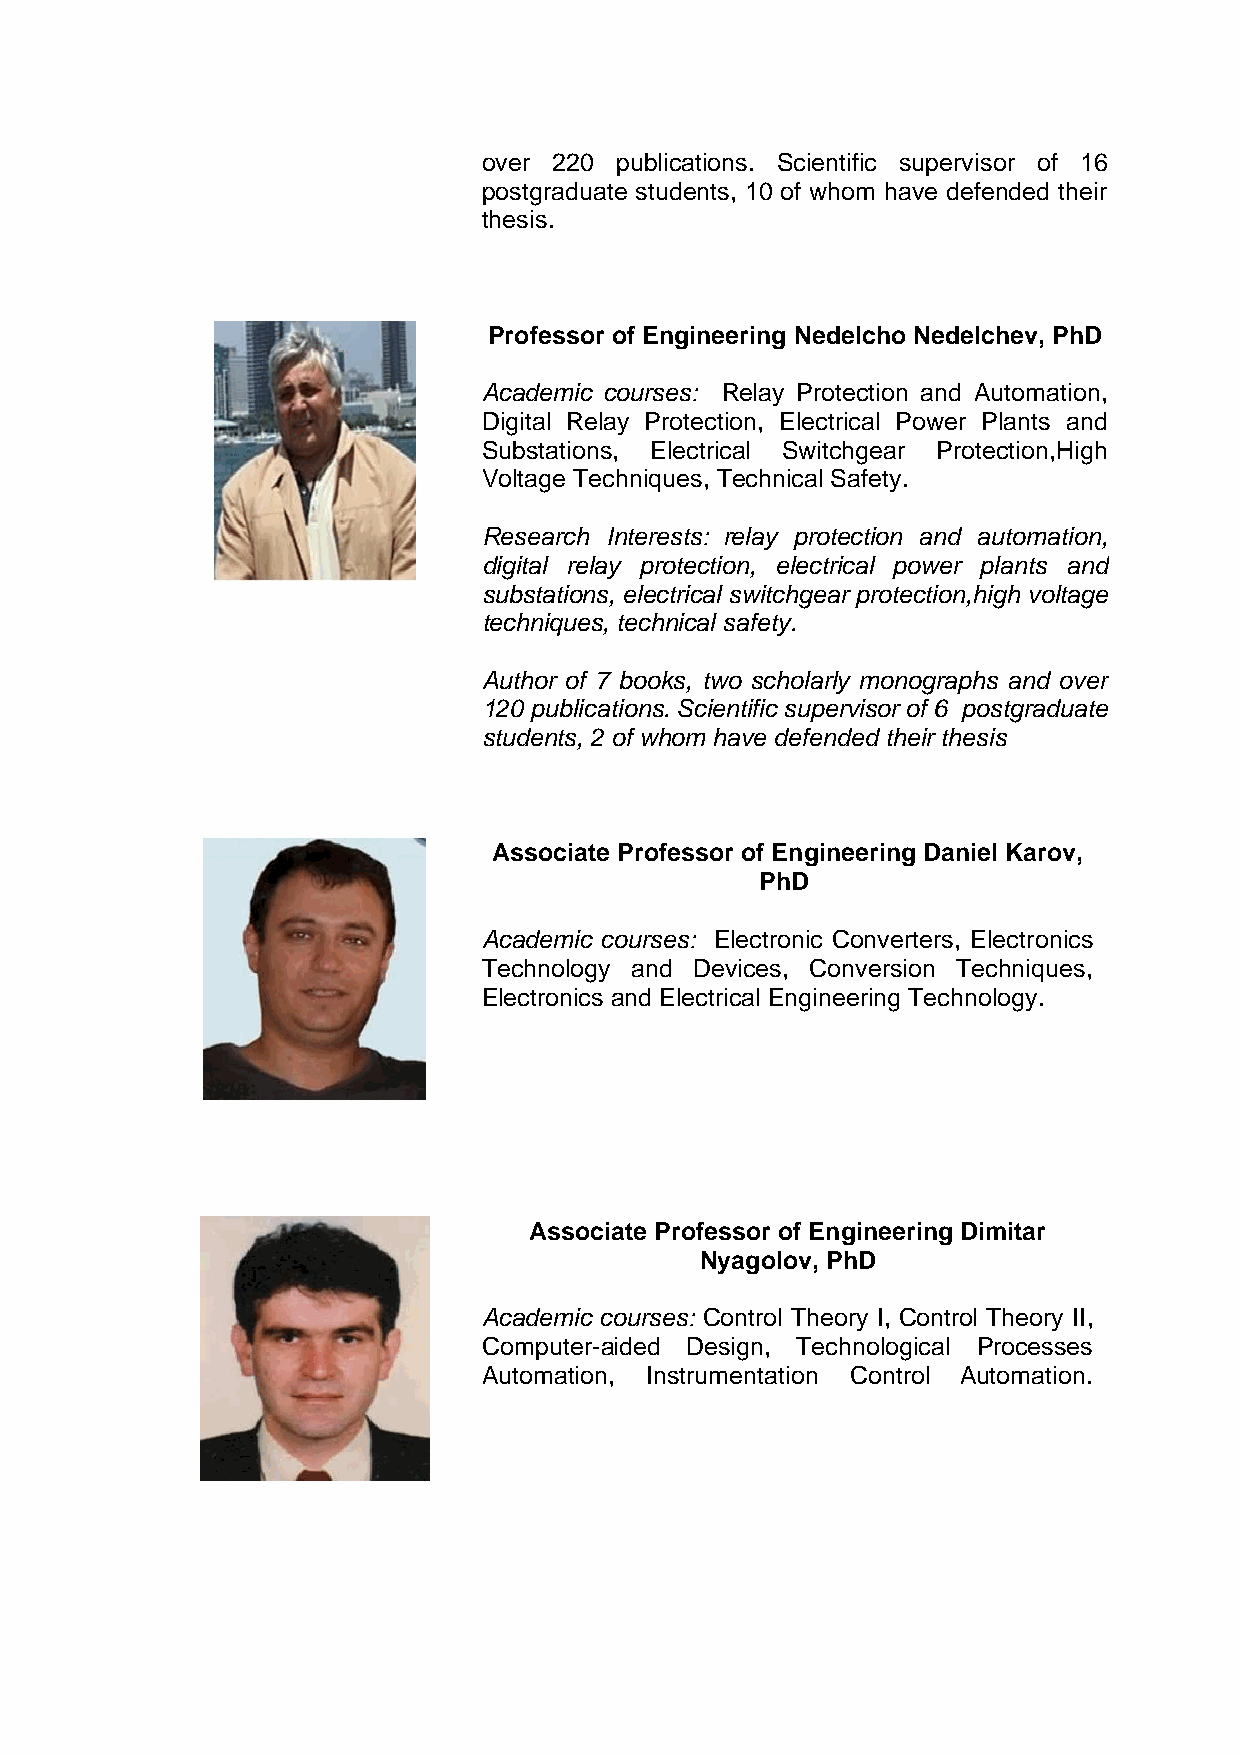
over 220 publications. Scientific supervisor of 16
 postgraduate students, 10 of whom have defended their
 thesis.
 Professor of Engineering Nedelcho Nedelchev, PhD
 Academic courses: Relay Protection and Automation,
 Digital Relay Protection, Electrical Power Plants and
 Substations, Electrical Switchgear Protection,High
 Voltage Techniques, Technical Safety.
 Research Interests: relay protection and automation,
 digital relay protection, electrical power plants and
 substations, electrical switchgear protection,high voltage
 techniques, technical safety.
 Author of 7 books, two scholarly monographs and over
 120 publications. Scientific supervisor of 6 postgraduate
 students, 2 of whom have defended their thesis
 Associate Professor of Engineering Daniel Karov,
 PhD
 Academic courses: Electronic Converters, Electronics
 Technology and Devices, Conversion Techniques,
 Electronics and Electrical Engineering Technology.
 Associate Professor of Engineering Dimitar
 Nyagolov, PhD
 Academic courses: Control Theory I, Control Theory II,
 Computer-aided Design, Technological Processes
 Automation, Instrumentation Control Automation.